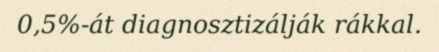
0,5%-át diagnosztizálják rákkal.